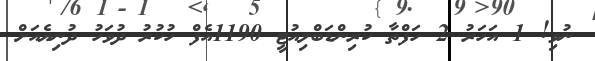
ނުވި! 1 އަހަރު 2 ހަފްތާ ކުރިންޑަބްލިއުޓީ 1190އެފް ހުކުރު ދުވަހު ދުނިޔެއަށް